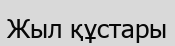
Жыл құстары